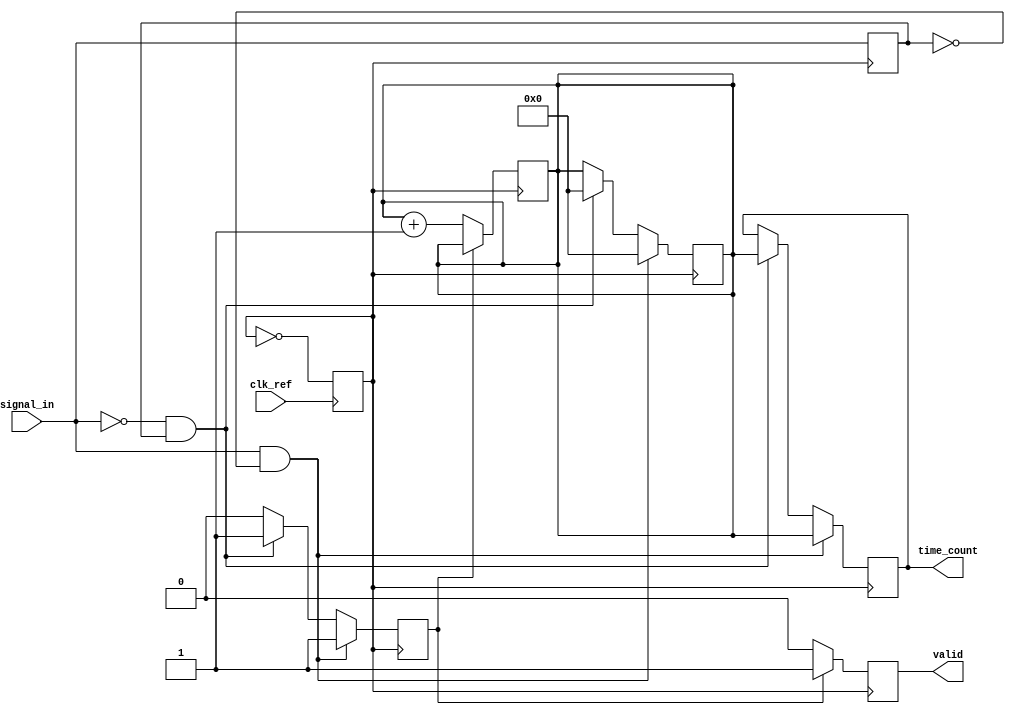
module TDC (
    input wire clk_ref,          // Reference clock input
    input wire signal_in,        // Input signal to measure time intervals
    output reg [31:0] time_count, // Time interval count output
    output reg valid             // Valid output signal
);

    // PLL parameters (these would typically be defined based on your PLL implementation)
    parameter PLL_MULTIPLIER = 8; // PLL multiplier for output frequency
    parameter COUNTER_WIDTH = 32;  // Width of the counter

    // Internal signals
    reg clk_pll;                  // PLL generated clock
    reg [COUNTER_WIDTH-1:0] counter; // Counter for measuring time intervals
    reg edge_detected;            // Edge detection flag
    reg last_signal_state;        // Last state of the input signal

    // PLL generation (simplified)
    always @(posedge clk_ref) begin
        // Simple PLL simulation: multiply the reference clock frequency
        clk_pll <= ~clk_pll; // Toggle clock for demonstration
    end

    // Edge detection logic
    always @(posedge clk_pll) begin
        if (signal_in && !last_signal_state) begin
            // Rising edge detected
            edge_detected <= 1'b1;
            time_count <= counter; // Capture the current count
            counter <= 0;          // Reset counter
        end else if (!signal_in && last_signal_state) begin
            // Falling edge detected
            edge_detected <= 1'b1;
            time_count <= counter; // Capture the current count
            counter <= 0;          // Reset counter
        end else begin
            edge_detected <= 1'b0; // No edge detected
        end
        last_signal_state <= signal_in; // Update last state
    end

    // Counting mechanism
    always @(posedge clk_pll) begin
        if (!edge_detected) begin
            counter <= counter + 1; // Increment counter if no edge detected
        end
    end

    // Valid signal generation
    always @(posedge clk_pll) begin
        if (edge_detected) begin
            valid <= 1'b1; // Set valid signal on edge detection
        end else begin
            valid <= 1'b0; // Clear valid signal
        end
    end

endmodule